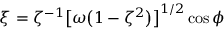
\xi = \zeta ^ { - 1 } \bigl [ \omega \bigl ( 1 - \zeta ^ { 2 } \bigr ) \bigr ] ^ { 1 / 2 } \cos \phi